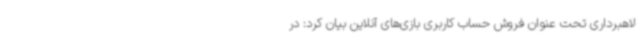
لاهبرداری تحت عنوان فروش حساب کاربری بازی‌های آنلاین بیان کرد: در